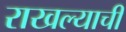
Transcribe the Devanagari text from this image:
राखल्याची